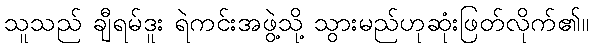
သူသည် ချီရမ်ဒူး ရဲကင်းအဖွဲ့သို့ သွားမည်ဟုဆုံးဖြတ်လိုက်၏။